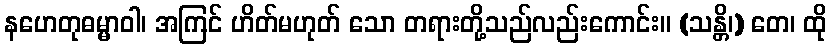
နဟေတုဓမ္မာဝါ၊ အကြင် ဟိတ်မဟုတ် သော တရားတို့သည်လည်းကောင်း။ (သန္တိ၊) တေ၊ ထို